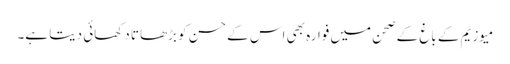
میوزیم کے باغ کے صحن میں فوارہ بھی اس کے حسن کو بڑھاتا دکھائی دیتا ہے۔